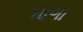
ધાગા